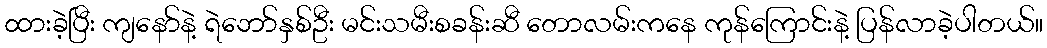
ထားခဲ့ပြီး ကျနော်နဲ့ ရဲဘော်နှစ်ဦး မင်းသမီးစခန်းဆီ တောလမ်းကနေ ကုန်ကြောင်းနဲ့ ပြန်လာခဲ့ပါတယ်။